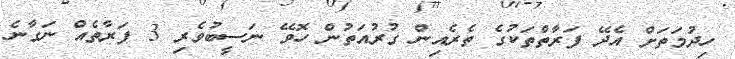
ހިދުމަތަށް އެދޭ ފަރާތްތަކުގެ ތެރެއިން ގުރުއަތުން ހޮވޭ ނަސީބުވެރި 3 ފަރާތެއް ނަގާނެ